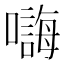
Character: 𱕒